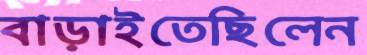
বাড়াইতেছিলেন